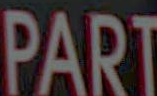
PART